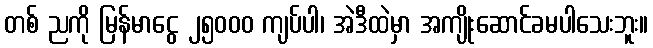
တစ် ညကို မြန်မာငွေ ၂၅၀၀၀ ကျပ်ပါ၊ အဲဒီထဲမှာ အကျိုးဆောင်ခမပါသေးဘူး။